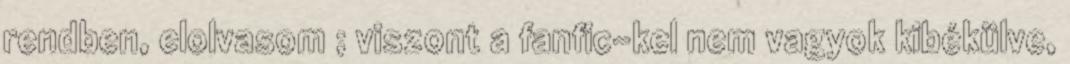
rendben, elolvasom ; viszont a fanfic-kel nem vagyok kibékülve,